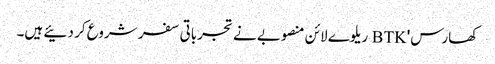
کھارس' BTK ریلوے لائن منصوبے نے تجرباتی سفر شروع کر دئیے ہیں۔